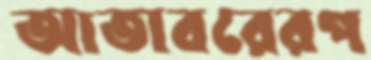
আতাবরেরপ